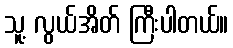
သူ့ လွယ်အိတ် ကြီးပါတယ်။